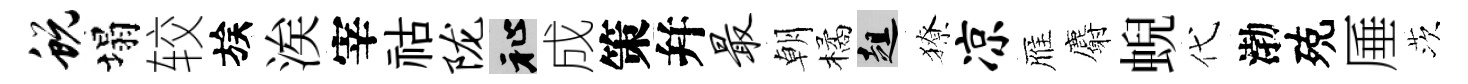
蜕塌较族涘宰祜陇祉成策幷最朝橘趄獠凉雁麝蜺代渤殑厜茨